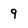
Character: 9